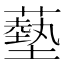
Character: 𦿳